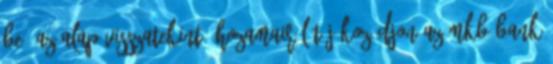
be. Az Alap visszatekintő hozamairól tájékozódjon az MKB Bank